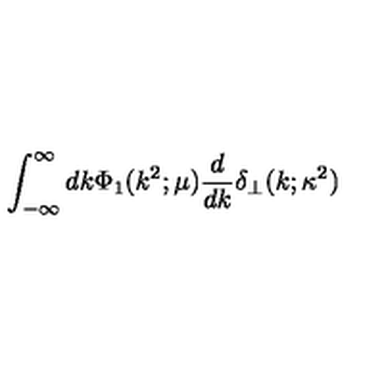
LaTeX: \int _ { - \infty } ^ { \infty } d k \Phi _ { 1 } ( k ^ { 2 } ; \mu ) \frac { d } { d k } \delta _ { \perp } ( k ; \kappa ^ { 2 } )